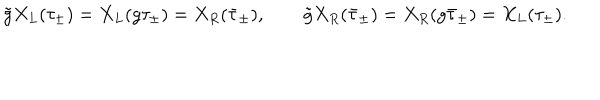
\tilde { g } X _ { L } ( \tau _ { \pm } ) = X _ { L } ( g \tau _ { \pm } ) = X _ { R } ( \bar { \tau } _ { \pm } ) , \qquad \tilde { g } X _ { R } ( \bar { \tau } _ { \pm } ) = X _ { R } ( g \bar { \tau } _ { \pm } ) = X _ { L } ( \tau _ { \pm } ) .